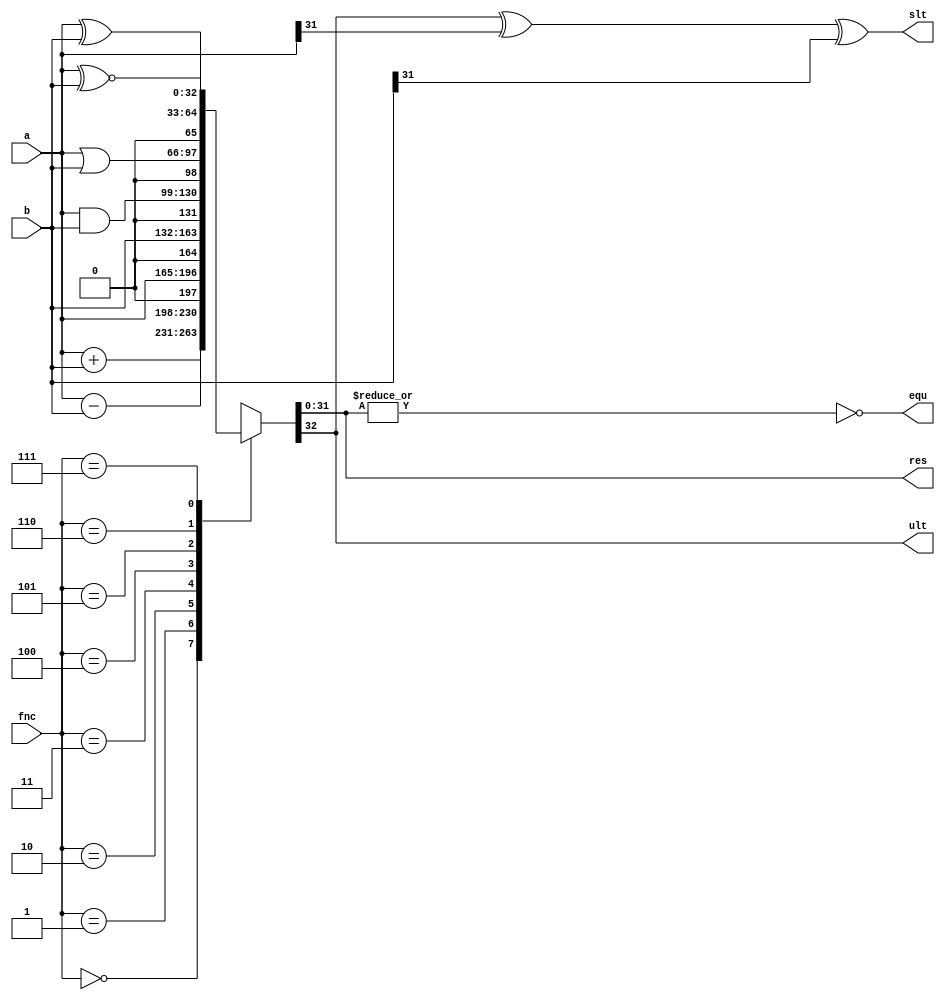
module alu_13(a, b, fnc,
           res, equ, ult, slt);
    input [31:0] a;
    input [31:0] b;
    input [2:0] fnc;
    output [31:0] res;
    output equ;
    output ult;
    output slt;
  wire [32:0] a1;
  wire [32:0] b1;
  reg [32:0] res1;
  assign a1 = { 1'b0, a };
  assign b1 = { 1'b0, b };
  always @(*) begin
    case (fnc)
      3'b000:  res1 = a1 + b1;
      3'b001:  res1 = a1 - b1;
      3'b010:  res1 = a1;
      3'b011:  res1 = b1;
      3'b100:  res1 = a1 & b1;
      3'b101:  res1 = a1 | b1;
      3'b110:  res1 = a1 ^ b1;
      3'b111:  res1 = a1 ~^ b1;
      default: res1 = 33'hxxxxxxxx;
    endcase
  end
  assign res = res1[31:0];
  assign equ = ~| res1[31:0];
  assign ult = res1[32];
  assign slt = res1[32] ^ a[31] ^ b[31];
endmodule